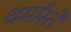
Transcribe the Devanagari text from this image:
धर्मास्ते